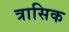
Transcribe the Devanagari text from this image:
त्रासिक